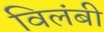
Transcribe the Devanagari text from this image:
विलंबी